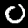
Digit: 0